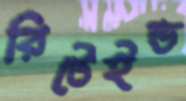
রিটেইন্ড